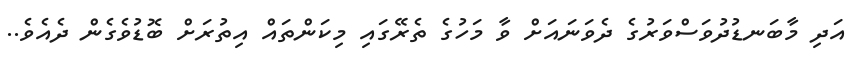
އަދި މާބަނޑުދުވަސްވަރުގެ ދެވަނައަށް ވާ މަހުގެ ތެރޭގައި މިކަންތައް އިތުރަށް ބޮޑުވެގެން ދެއެވެ..